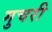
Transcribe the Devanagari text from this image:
मुचरी